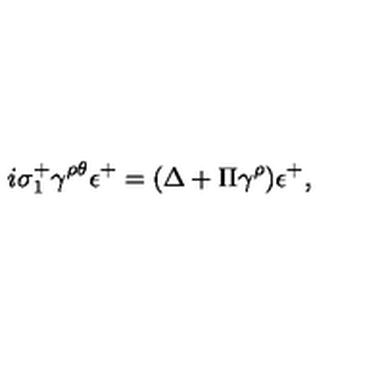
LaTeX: i \sigma _ { 1 } ^ { + } \gamma ^ { \rho \theta } \epsilon ^ { + } = ( \Delta + \Pi \gamma ^ { \rho } ) \epsilon ^ { + } ,